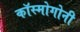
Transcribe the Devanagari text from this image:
कॉस्मोगोनी